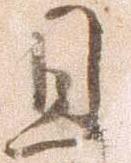
且